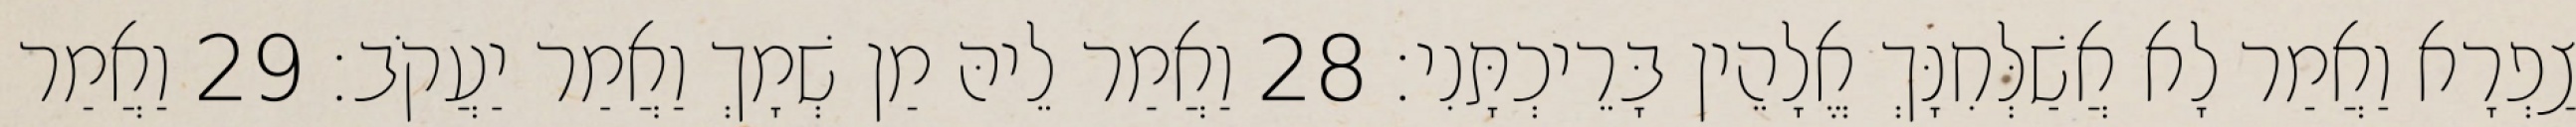
צַפְרָא וַאֲמַר לָא אֲשַׁלְּחִנָּךְ אֱלָהֵין בָּרֵיכְתָּנִי׃ 28 וַאֲמַר לֵיהּ מַן שְׁמָךְ וַאֲמַר יַעֲקֹב׃ 29 וַאֲמַר